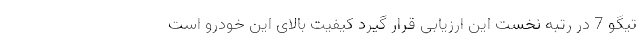
تیگو 7 در رتبه نخست این ارزیابی قرار گیرد کیفیت بالای این خودرو است